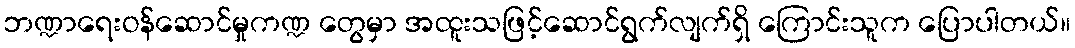
ဘဏ္ဍာရေးဝန်ဆောင်မှုကဏ္ဍ တွေမှာ အထူးသဖြင့်ဆောင်ရွက်လျက်ရှိ ကြောင်းသူက ပြောပါတယ်။